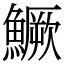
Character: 鱖